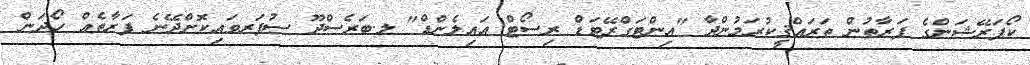
ކޯޕަރޭޝަންގެ ފަރާތުން ތަރައްޤީކުރަމުންދާ "އިންޓަގްރޭޓަޑް ރިސޯޓް އައިލެންޑް" ލ.ބަރެސްދޫ ސުޕަރވައިކޮށްދޭނެ ފަރާތެއް ހޯދަން